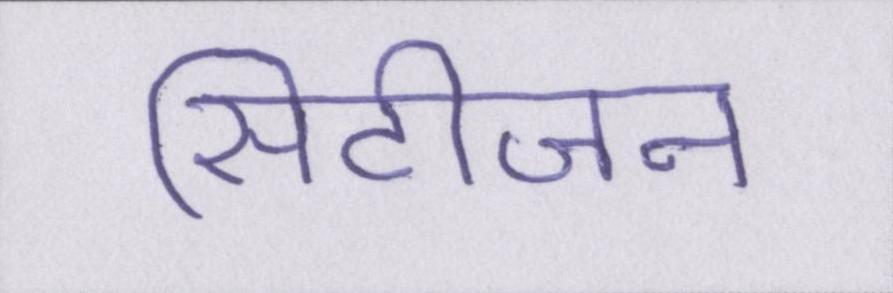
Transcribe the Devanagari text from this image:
सिटीजन